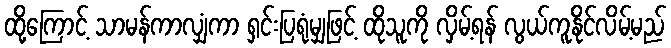
ထို့ကြောင့် သာမန်ကာလျှံကာ ရှင်းပြရုံမျှဖြင့် ထိုသူကို လှိမ့်ရန် လွယ်ကူနိုင်လိမ့်မည်